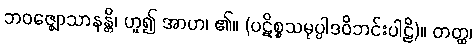
ဘဝဇ္ဈောသာနန္တိ၊ ဟူ၍ အာဟ၊ ၏။ (ပဋိစ္စသမုပ္ပါဒဝိဘင်းပါဠိ)။ တတ္ထ၊